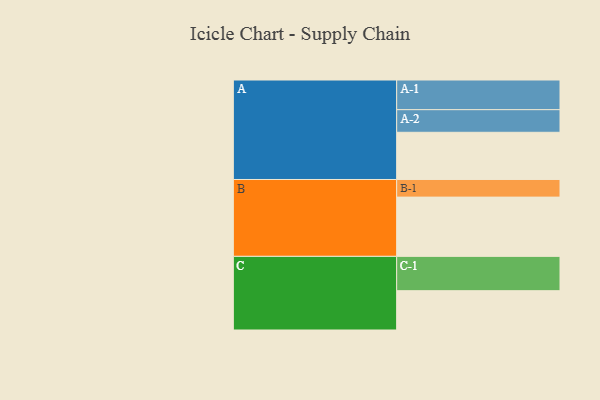
{"axis": {"x": "Segment", "y": "Value"}, "legend": ["", "A", "B", "C"], "data": [{"x": "A", "y": 407, "type": ""}, {"x": "B", "y": 511, "type": ""}, {"x": "C", "y": 339, "type": ""}, {"x": "A-1", "y": 256, "type": "A"}, {"x": "A-2", "y": 195, "type": "A"}, {"x": "B-1", "y": 152, "type": "B"}, {"x": "C-1", "y": 296, "type": "C"}]}